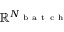
\mathbb { R } ^ { N _ { \mathrm { ~ b ~ a ~ t ~ c ~ h ~ } } }